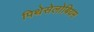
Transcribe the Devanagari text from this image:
पिथेसेलोबियम